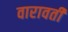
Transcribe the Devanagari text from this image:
वारावती